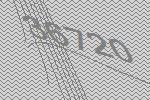
36720